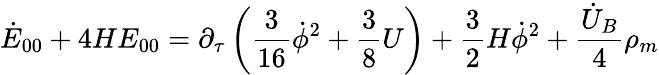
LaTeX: \dot{E}_{00}+4HE_{00}=\partial_{\tau}\left(\frac{3}{16}\dot{\phi}^{2}+\frac{3}{8}U\right)+\frac{3}{2}H\dot{\phi}^{2}+\frac{\dot{U}_{B}}{4}\rho_{m}